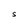
Character: S